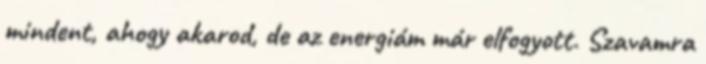
mindent, ahogy akarod, de az energiám már elfogyott. Szavamra